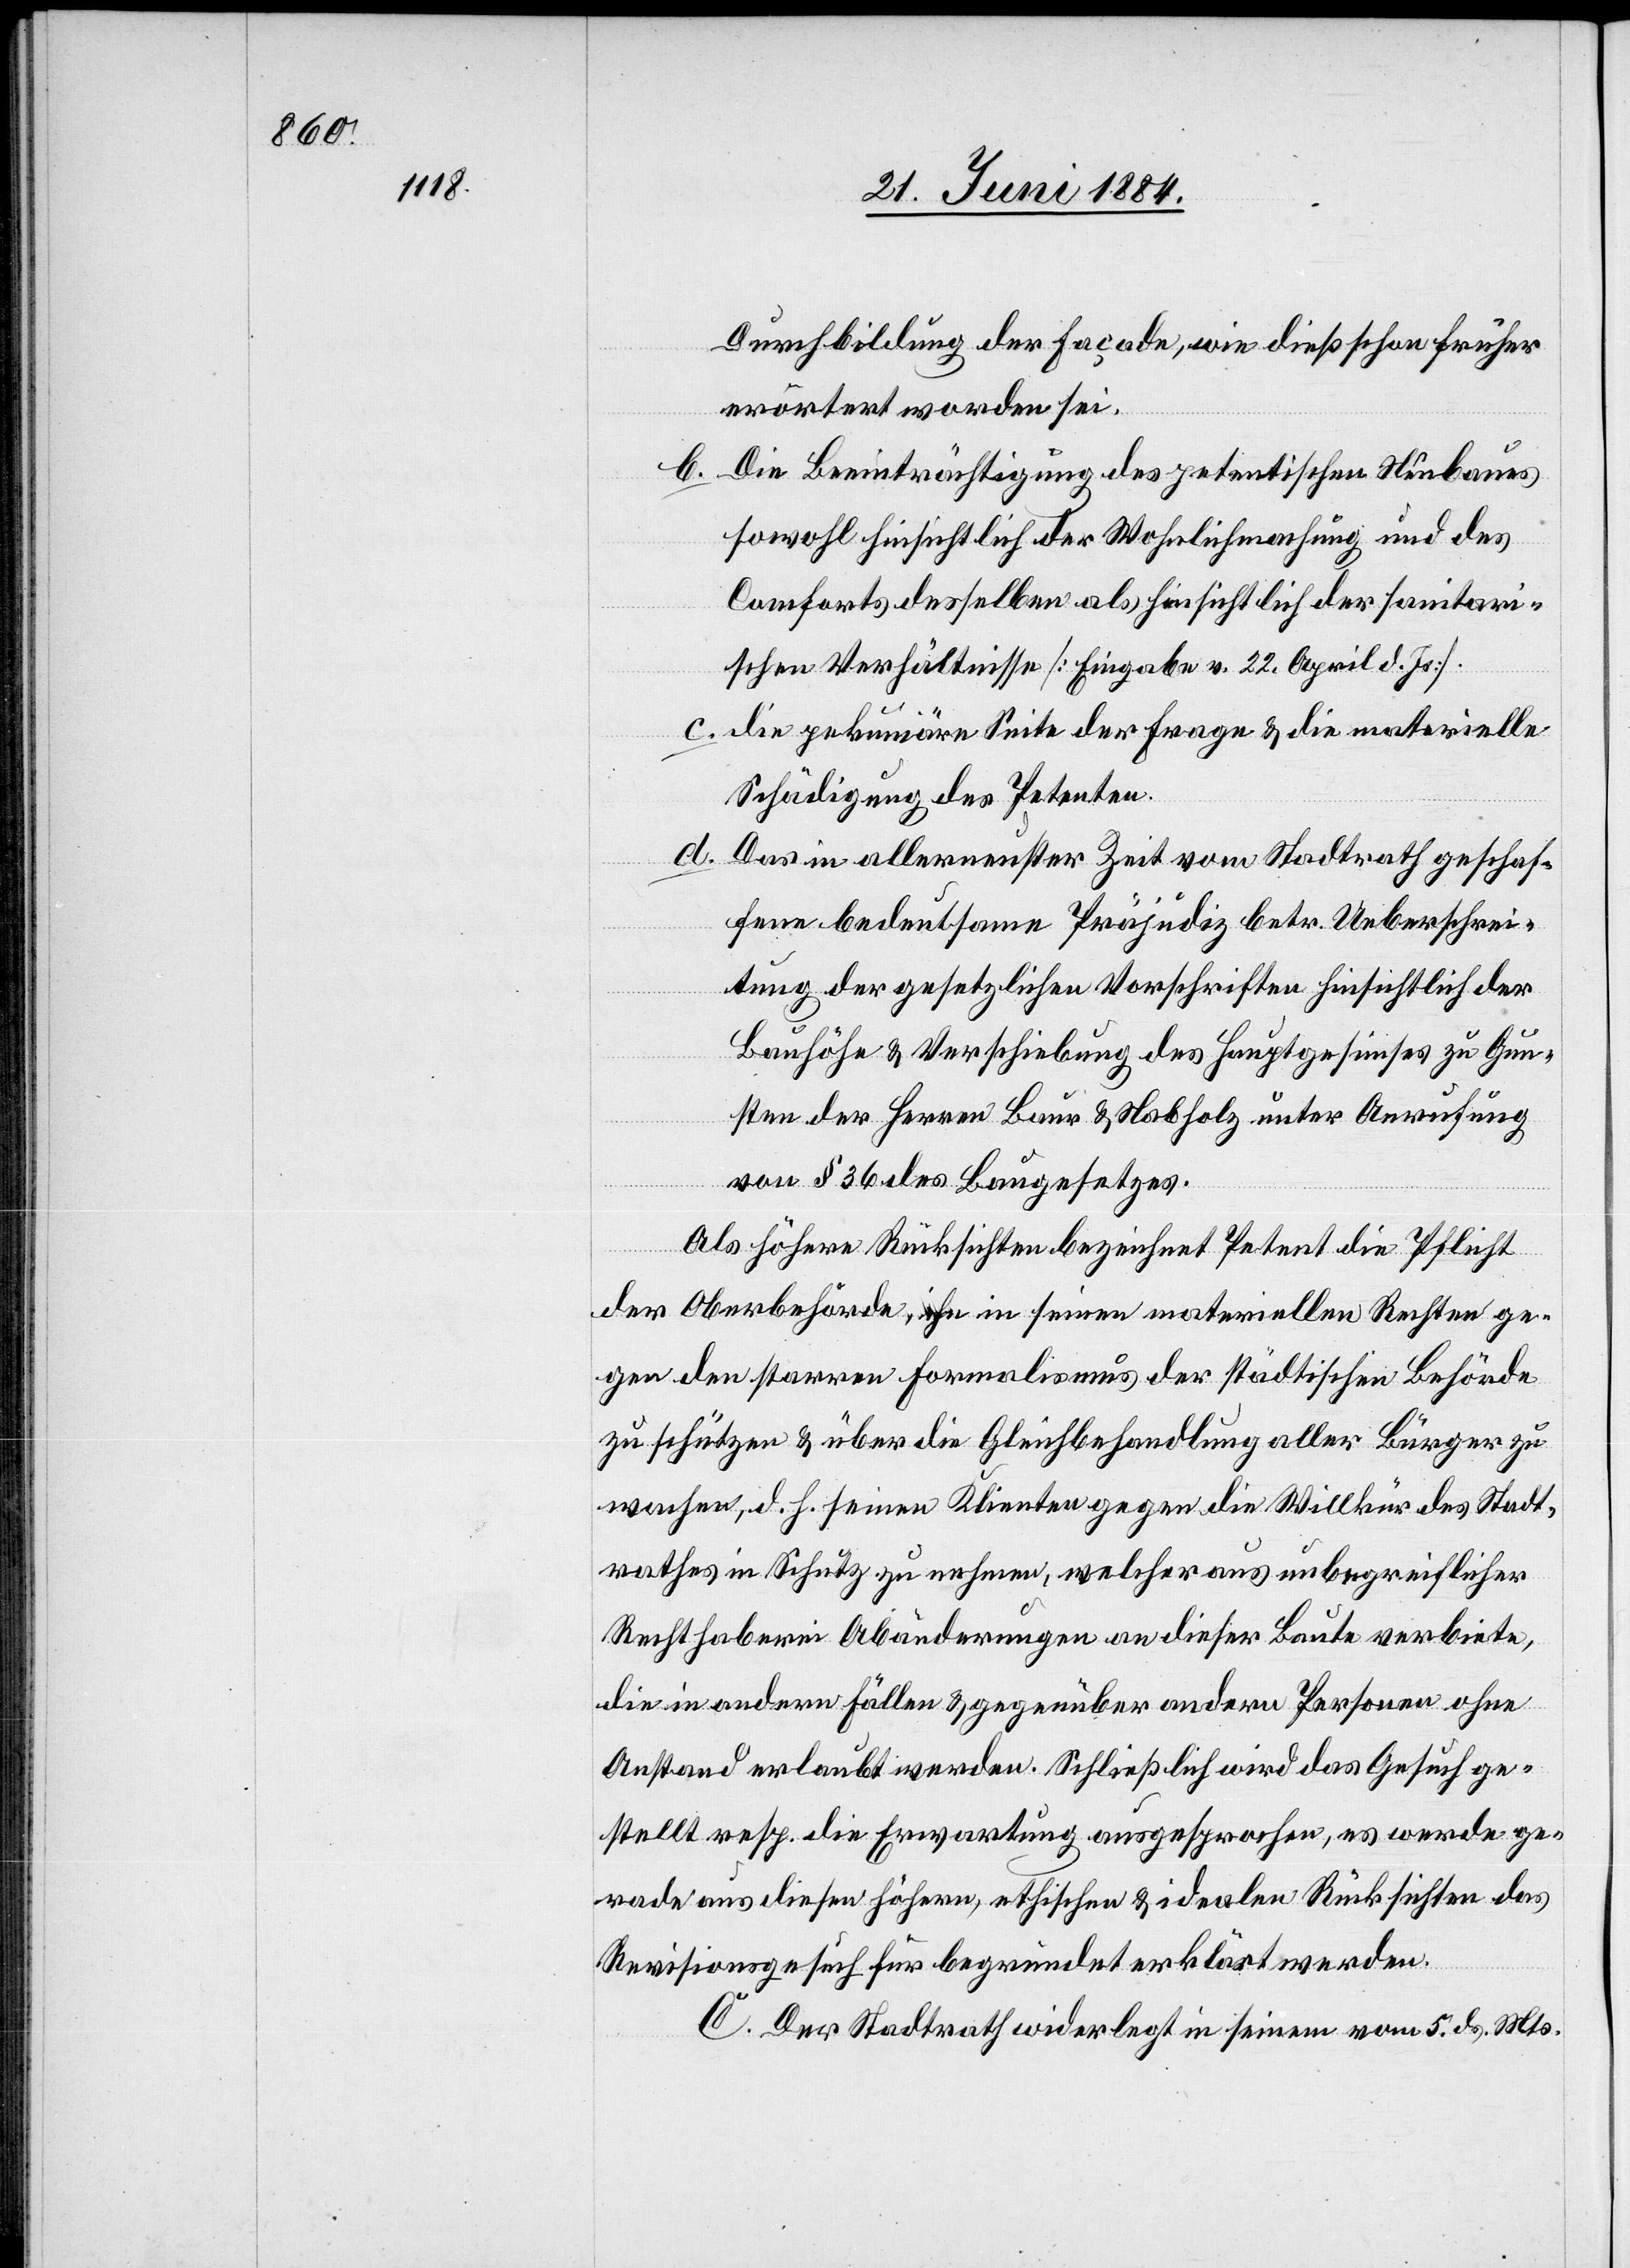
Durchbildung der Façade, wie dieß schon früher
erörtert worden sei.
b. Die Beeinträchtigung des petentischen Neubaus
sowohl hinsichtlich der Wohnlichmachung und des
Comforts desselben als hinsichtlich der sanitari¬
schen Verhältnisse [Eingabe v. 22. April d. Js.].
c. die pekuniäre Seite der Frage & die materielle
Schädigung des Petenten.
d.
Das in allerneuester Zeit vom Stadtrath geschaf¬
fene bedeutsame Präjudiz betr. Ueberschrei¬
tung der gesetzlichen Vorschriften hinsichtlich der
Bauhöhe & Verschiebung des Hauptgesuches zu Gun¬
sten der Herren Baur & Nabholz unter Anrufung
von § 36 des Baugesetzes.
Als höhere Rücksichten bezeichnet Petent die Pflicht
der Oberbehörde, ihn in seinen materiellen Rechten ge¬
gen den starren Formalismus der städtischen Behörde
zu schützen & über die Gleichbehandlung aller Bürger zu
wachen, d. h. seinen Klienten gegen die Willkür des Stadt¬
rathes in Schutz zu nehmen, welcher aus unbegreiflicher
Rechthaberei Abänderungen an dieser Baute verbiete,
die in andern Fällen & gegenüber andern Personen ohne
Anstand erlaubt werden. Schließlich wird das Gesuch ge¬
stellt resp. die Erwartung ausgesprochen, es werde ge¬
rade aus diesen höhern, ethischen & idealen Rücksichten das
Revisionsgesuch für begründet erklärt werden.
C. Der Stadtrath widerlegt in seinem vom 5. ds. Mts.